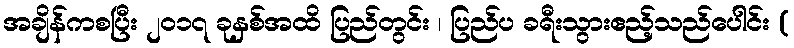
အချိန်ကစပြီး ၂၀၁၇ ခုနှစ်အထိ ပြည်တွင်း ၊ ပြည်ပ ခရီးသွားဧည့်သည်ပေါင်း (